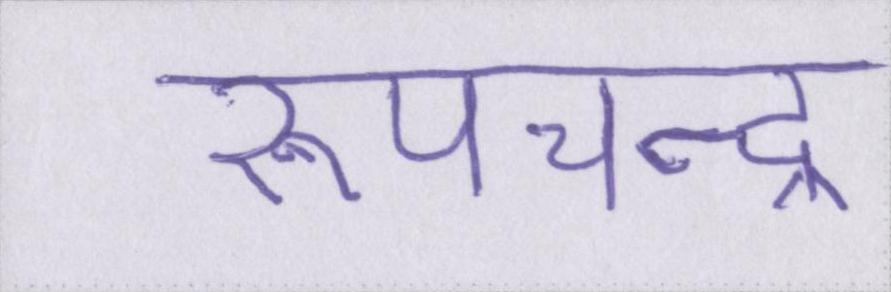
रूपचन्द्र